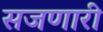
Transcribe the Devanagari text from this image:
सजणारी